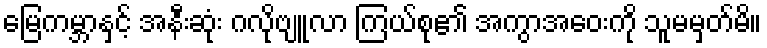
မြေကမ္ဘာနှင့် အနီးဆုံး ဂလိုဗျူလာ ကြယ်စု၏ အကွာအဝေးကို သူမမှတ်မိ။